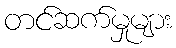
တင်ဆက်မှုများ